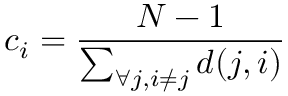
c _ { i } = \frac { N - 1 } { \sum _ { \forall j , i \neq j } d ( j , i ) }